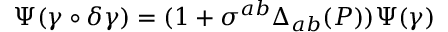
\Psi ( \gamma \circ \delta \gamma ) = ( 1 + \sigma ^ { a b } \Delta _ { a b } ( P ) ) \Psi ( \gamma )